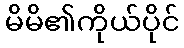
မိမိ၏ကိုယ်ပိုင်